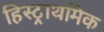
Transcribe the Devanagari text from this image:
हिस्ट्राथमिक